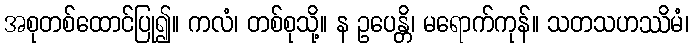
အစုတစ်ထောင်ပြု၍။ ကလံ၊ တစ်စုသို့။ န ဥပေန္တိ၊ မရောက်ကုန်။ သတသဟဿိမံ၊